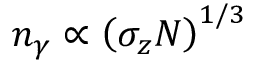
n _ { \gamma } \propto \left( \sigma _ { z } N \right) ^ { 1 / 3 }